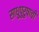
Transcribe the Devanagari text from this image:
साधुपुरुषाची